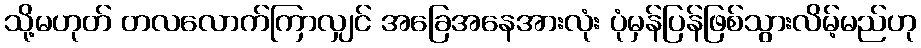
သို့မဟုတ် တလလောက်ကြာလျှင် အခြေအနေအားလုံး ပုံမှန်ပြန်ဖြစ်သွားလိမ့်မည်ဟု